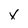
Character: x